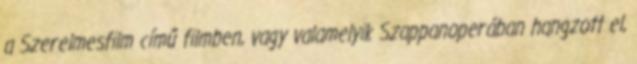
a Szerelmesfilm című filmben, vagy valamelyik Szappanoperában hangzott el,